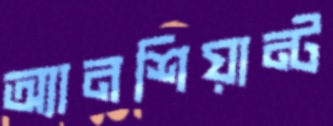
অ্যানশিয়ান্ট